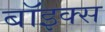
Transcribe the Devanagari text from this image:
बाॅइक्स